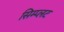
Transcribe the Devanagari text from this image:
सिम्प्लट